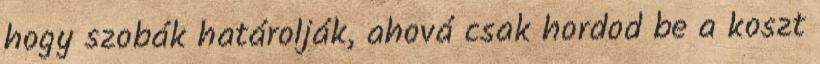
hogy szobák határolják, ahová csak hordod be a koszt